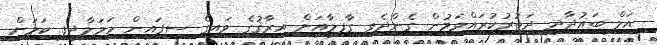
އަލް ބަޣުދާދީ ދަތުރުކުރައްވަމުން ގެންދެވި ގާފިލާއަށް އިރާޤުގެ ވައިގެ ސިފައިން ހަމަލާދީފި ކަމަށް